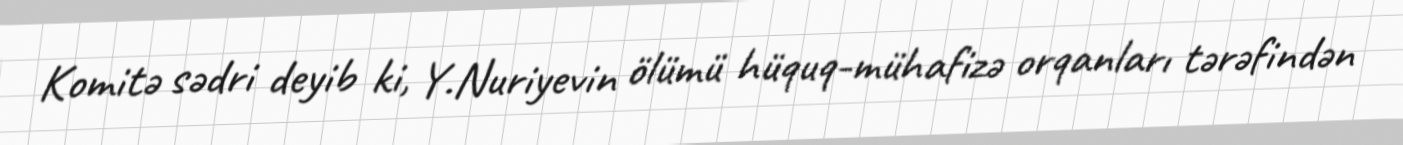
Komitə sədri deyib ki, Y.Nuriyevin ölümü hüquq-mühafizə orqanları tərəfindən